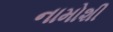
નામોશી